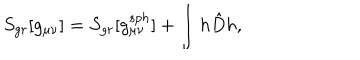
LaTeX: S _ { g r } [ g _ { \mu \nu } ] = S _ { g r } [ g _ { \mu \nu } ^ { s p h } ] + \int h \hat { D } h ,